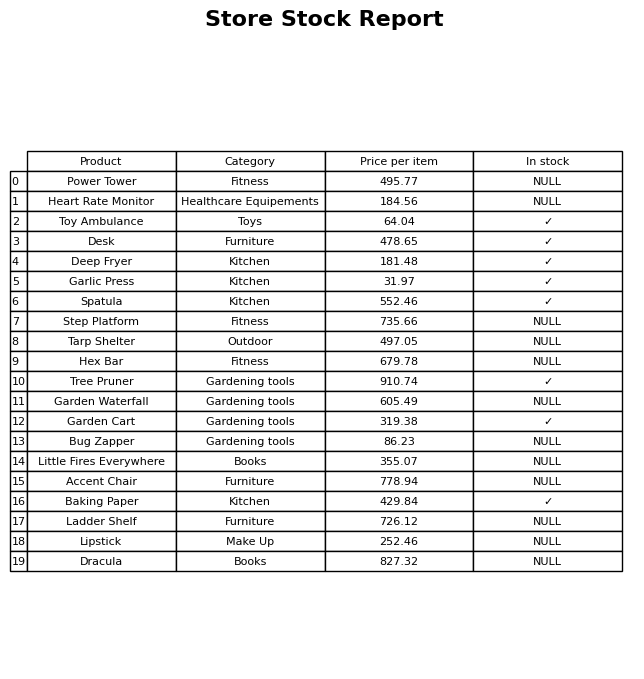
question: What is the price of the Garden Waterfall?
answer: The price of Garden Waterfall is 605.49.